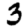
Digit: 3